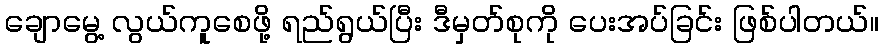
ချောမွေ့ လွယ်ကူစေဖို့ ရည်ရွယ်ပြီး ဒီမှတ်စုကို ပေးအပ်ခြင်း ဖြစ်ပါတယ်။